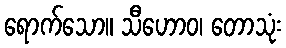
ရောက်သော။ သီဟောဝ၊ တောသုံး